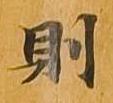
則